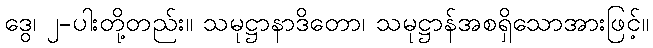
ဒွေ၊ ၂-ပါးတို့တည်း။ သမုဋ္ဌာနာဒိတော၊ သမုဋ္ဌာန်အစရှိသောအားဖြင့်။